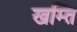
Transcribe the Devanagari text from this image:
खम्ति